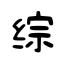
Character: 综